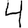
Digit: 4